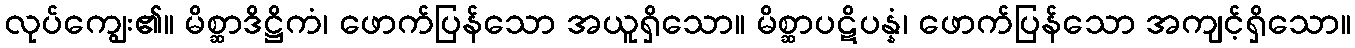
လုပ်ကျွေး၏။ မိစ္ဆာဒိဋ္ဌိကံ၊ ဖောက်ပြန်သော အယူရှိသော။ မိစ္ဆာပဋိပန္နံ၊ ဖောက်ပြန်သော အကျင့်ရှိသော။